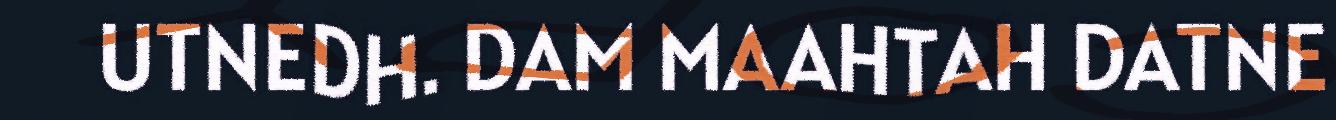
UTNEDH. DAM MAAHTAH DATNE